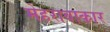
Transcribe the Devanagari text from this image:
मेहराबाकार